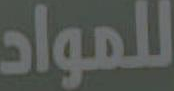
للمواد